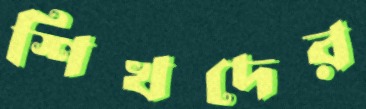
শিখদের